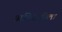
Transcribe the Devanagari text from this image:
अमिरातीला